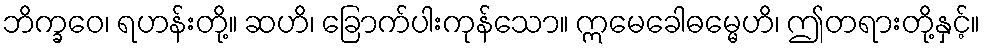
ဘိက္ခဝေ၊ ရဟန်းတို့။ ဆဟိ၊ ခြောက်ပါးကုန်သော။ ဣမေခေါဓမ္မေဟိ၊ ဤတရားတို့နှင့်။